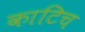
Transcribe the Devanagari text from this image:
काटिच